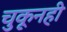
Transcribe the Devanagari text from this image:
चुकूनही